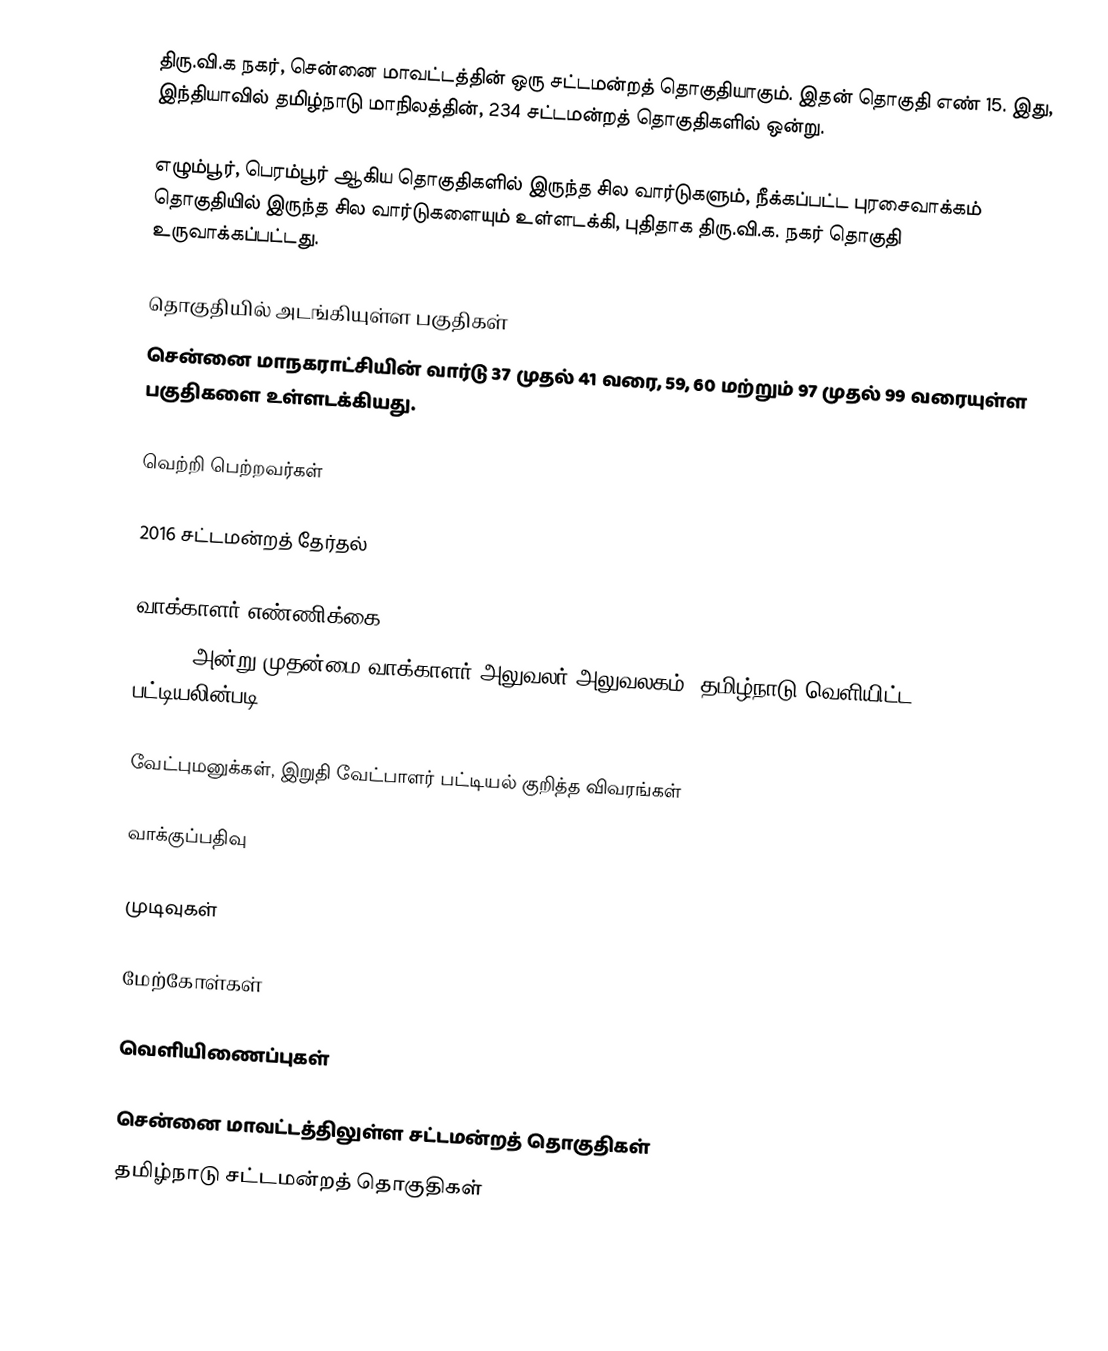
திரு.வி.க நகர், சென்னை மாவட்டத்தின் ஒரு சட்டமன்றத் தொகுதியாகும். இதன் தொகுதி எண் 15. இது, இந்தியாவில் தமிழ்நாடு மாநிலத்தின், 234 சட்டமன்றத் தொகுதிகளில் ஒன்று.

எழும்பூர், பெரம்பூர் ஆகிய தொகுதிகளில் இருந்த சில வார்டுகளும், நீக்கப்பட்ட புரசைவாக்கம் தொகுதியில் இருந்த சில வார்டுகளையும் உள்ளடக்கி, புதிதாக திரு.வி.க. நகர் தொகுதி உருவாக்கப்பட்டது.

தொகுதியில் அடங்கியுள்ள பகுதிகள்
சென்னை மாநகராட்சியின் வார்டு 37 முதல் 41 வரை, 59, 60 மற்றும் 97 முதல் 99 வரையுள்ள பகுதிகளை உள்ளடக்கியது.

வெற்றி பெற்றவர்கள்

2016 சட்டமன்றத் தேர்தல்

வாக்காளர் எண்ணிக்கை
, 2016 அன்று முதன்மை வாக்காளர் அலுவலர் அலுவலகம், தமிழ்நாடு வெளியிட்ட பட்டியலின்படி,

வேட்புமனுக்கள், இறுதி வேட்பாளர் பட்டியல் குறித்த விவரங்கள்

வாக்குப்பதிவு

முடிவுகள்

மேற்கோள்கள்

வெளியிணைப்புகள்

சென்னை மாவட்டத்திலுள்ள சட்டமன்றத் தொகுதிகள்
தமிழ்நாடு சட்டமன்றத் தொகுதிகள்